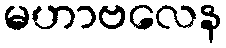
မဟာဗလေန